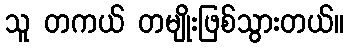
သူ တကယ် တမျိုးဖြစ်သွားတယ်။